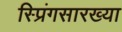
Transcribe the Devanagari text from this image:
स्प्रिंगसारख्या